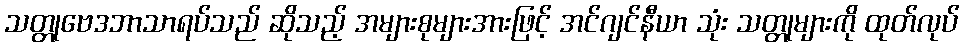
သတ္တုဗေဒဘာသာရပ်သည် ဆိုသည့် အများစုများအားဖြင့် အင်ဂျင်နီယာ သုံး သတ္တုများကို ထုတ်လုပ်